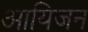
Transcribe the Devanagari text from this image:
आयिजन